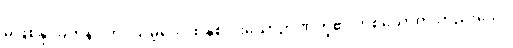
မဖြစ်နိုင်ခဲ့ကုန်။ တဒသမ္ဘဝေ၊ ထိုနှစ်ပါးသောဉာဏ်တို့၏ တစ်ယောက် တည်းသော